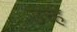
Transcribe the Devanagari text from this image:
उच्हे